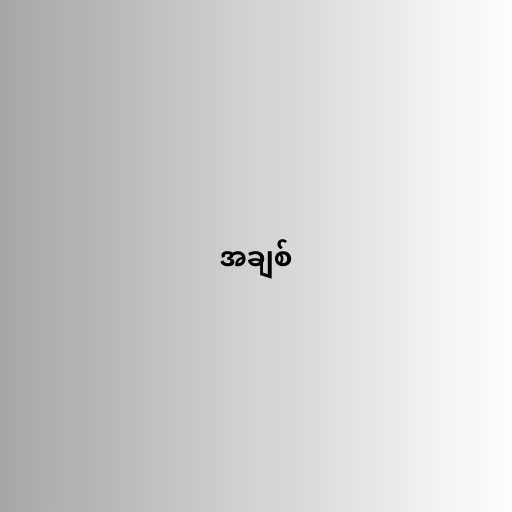
အချစ်